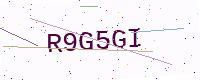
Text: R9G5GI